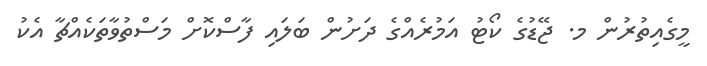
މީގެއިތުރުން މ. ޖޭޑުގެ ކޯޓު އަމުރެއްގެ ދަށުން ބަލައި ފާސްކޮށް މަސްތުވާތަކެއްްޗާ އެކު